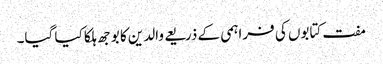
مفت کتابوں کی فراہمی کے ذریعے والدین کا بوجھ ہلکا کیا گیا۔